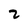
Character: 2